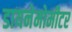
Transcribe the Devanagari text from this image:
डायनेमोमीटर